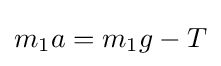
m_{1}a=m_{1}g-T